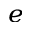
^ e